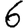
Digit: 6